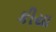
કીયા